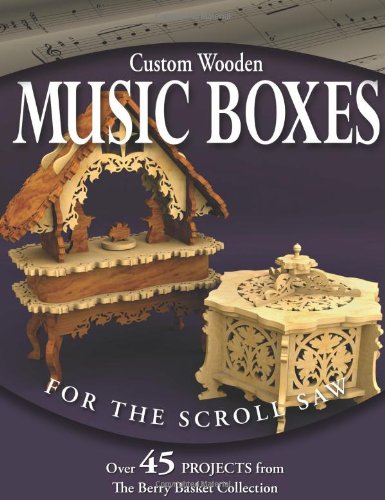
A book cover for Custom Wooden Music Boxes for the Scroll Saw: Over 45 Projects from the Berry Basket Collection; Rick & Karen Longabaugh; Crafts, Hobbies & Home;